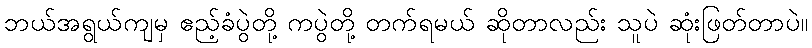
ဘယ်အရွယ်ကျမှ ဧည့်ခံပွဲတို့ ကပွဲတို့ တက်ရမယ် ဆိုတာလည်း သူပဲ ဆုံးဖြတ်တာပဲ။